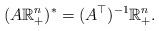
LaTeX: \begin{align*}(A\mathbb{R}^n_+)^*=(A^\top)^{-1}\mathbb{R}^n_+.\end{align*}